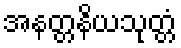
အနတ္တနိယသုတ္တံ